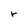
Character: r